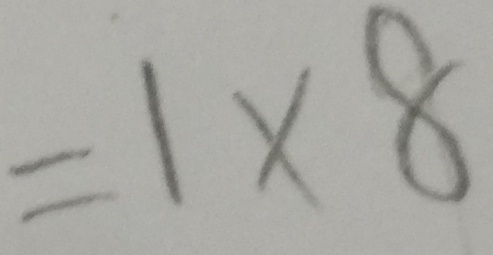
= 1 \times 8